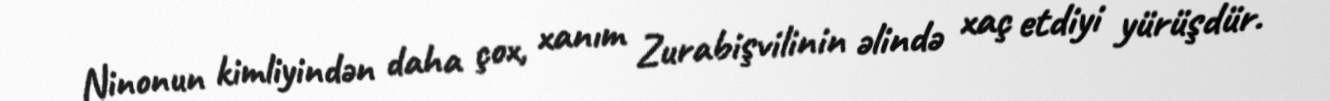
Ninonun kimliyindən daha çox, xanım Zurabişvilinin əlində xaç etdiyi yürüşdür.